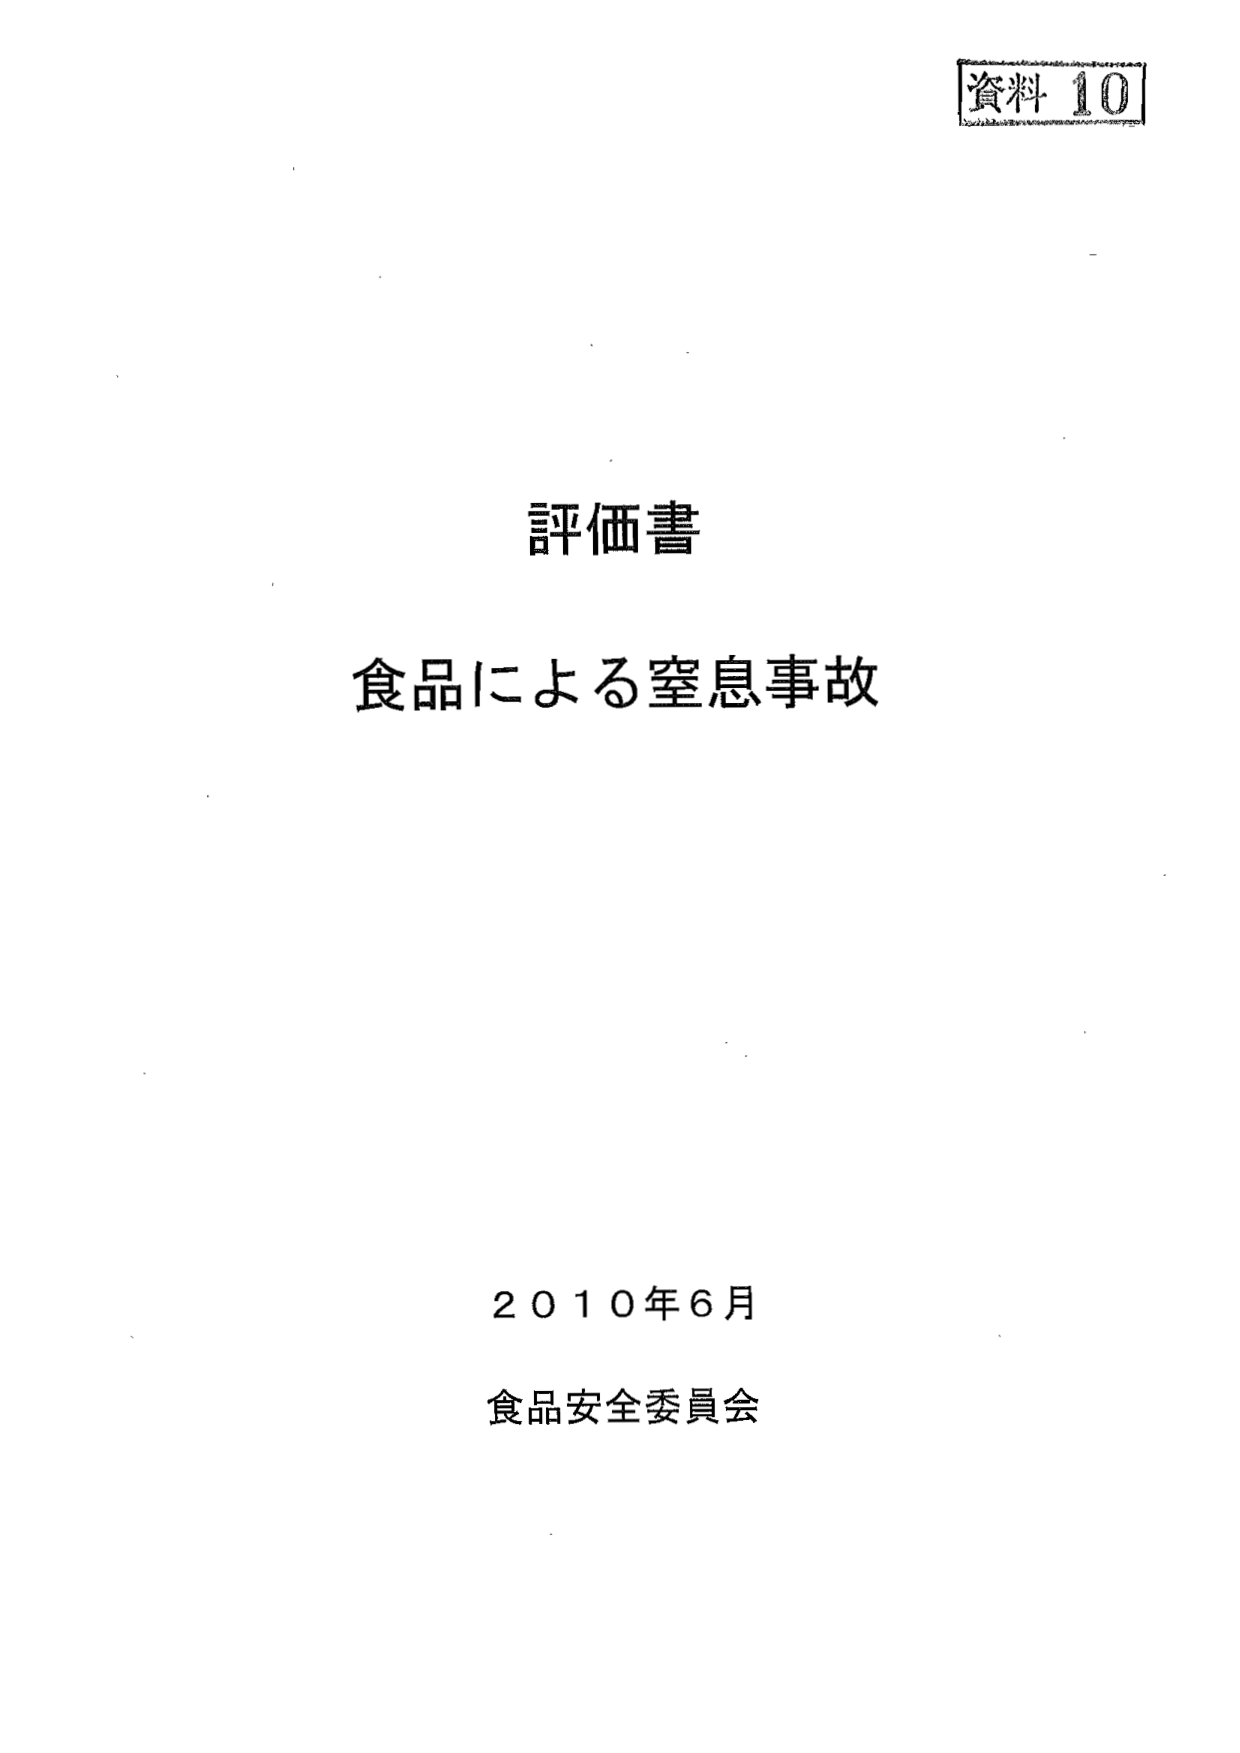
資料 10

評価書
食品による窒息事故

2010年6月
食品安全委員会